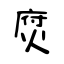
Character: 焤